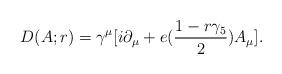
LaTeX: \begin{align*}D(A;r)= \gamma^\mu [i \partial_\mu + e ({1 - r \gamma_5 \over 2})A_\mu].\end{align*}